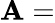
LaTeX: \mathbf{A}=